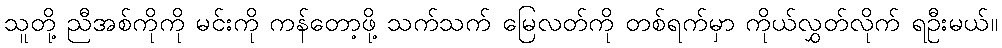
သူတို့ ညီအစ်ကိုကို မင်းကို ကန်တော့ဖို့ သက်သက် မြေလတ်ကို တစ်ရက်မှာ ကိုယ်လွှတ်လိုက် ရဦးမယ်။